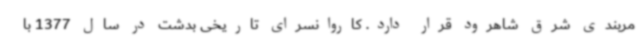
مربندی شرق شاهرود قرار دارد. کاروانسرای تاریخی بدشت در سال 1377 با